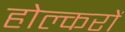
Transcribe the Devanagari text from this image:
होल्करों